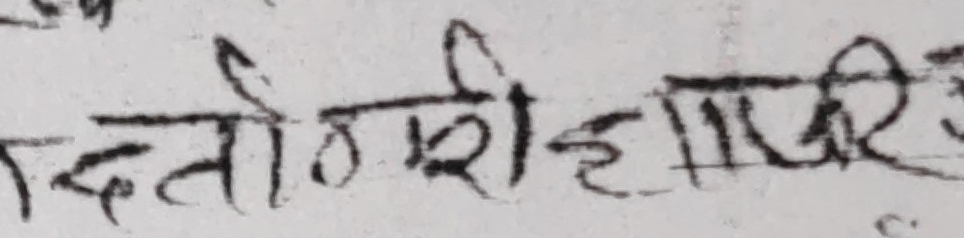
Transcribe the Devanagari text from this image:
दातोबरी हाजरि